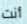
أنت